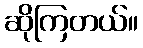
ဆိုကြတယ်။